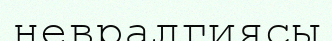
невралгиясы